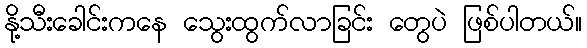
နို့သီးခေါင်းကနေ သွေးထွက်လာခြင်း တွေပဲ ဖြစ်ပါတယ်။